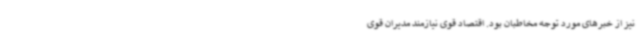
نیز از خبرهای مورد توجه مخاطبان بود. اقتصاد قوی نیازمند مدیران قوی